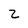
Character: z